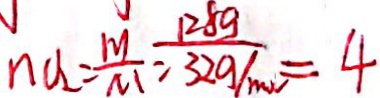
n V _ { 2 } = \frac { m } { M } = \frac { 1 2 8 g } { 3 2 g / m o l } = 4